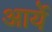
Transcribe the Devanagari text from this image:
आर्ये